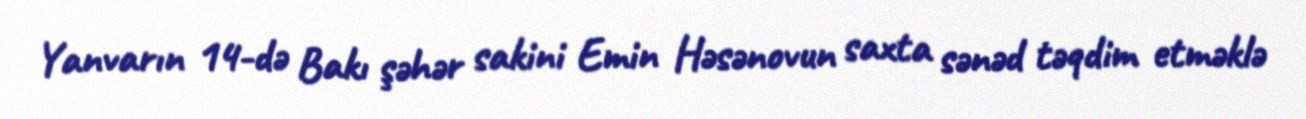
Yanvarın 14-də Bakı şəhər sakini Emin Həsənovun saxta sənəd təqdim etməklə